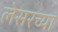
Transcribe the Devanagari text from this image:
लेसरच्या